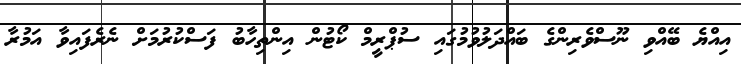
އިއްޔެ ބޭއްވި ނޫސްވެރިންގެ ބައްދަލުވުމުގައި ސުޕްރީމް ކޯޓުން އިންތިހާބު ފަސްކުރުމަށް ނެރެފައިވާ އަމުރާ